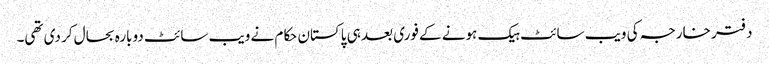
دفتر خارجہ کی ویب سائٹ ہیک ہونے کے فوری بعد ہی پاکستان حکام نے ویب سائٹ دوبارہ بحال کر دی تھی۔